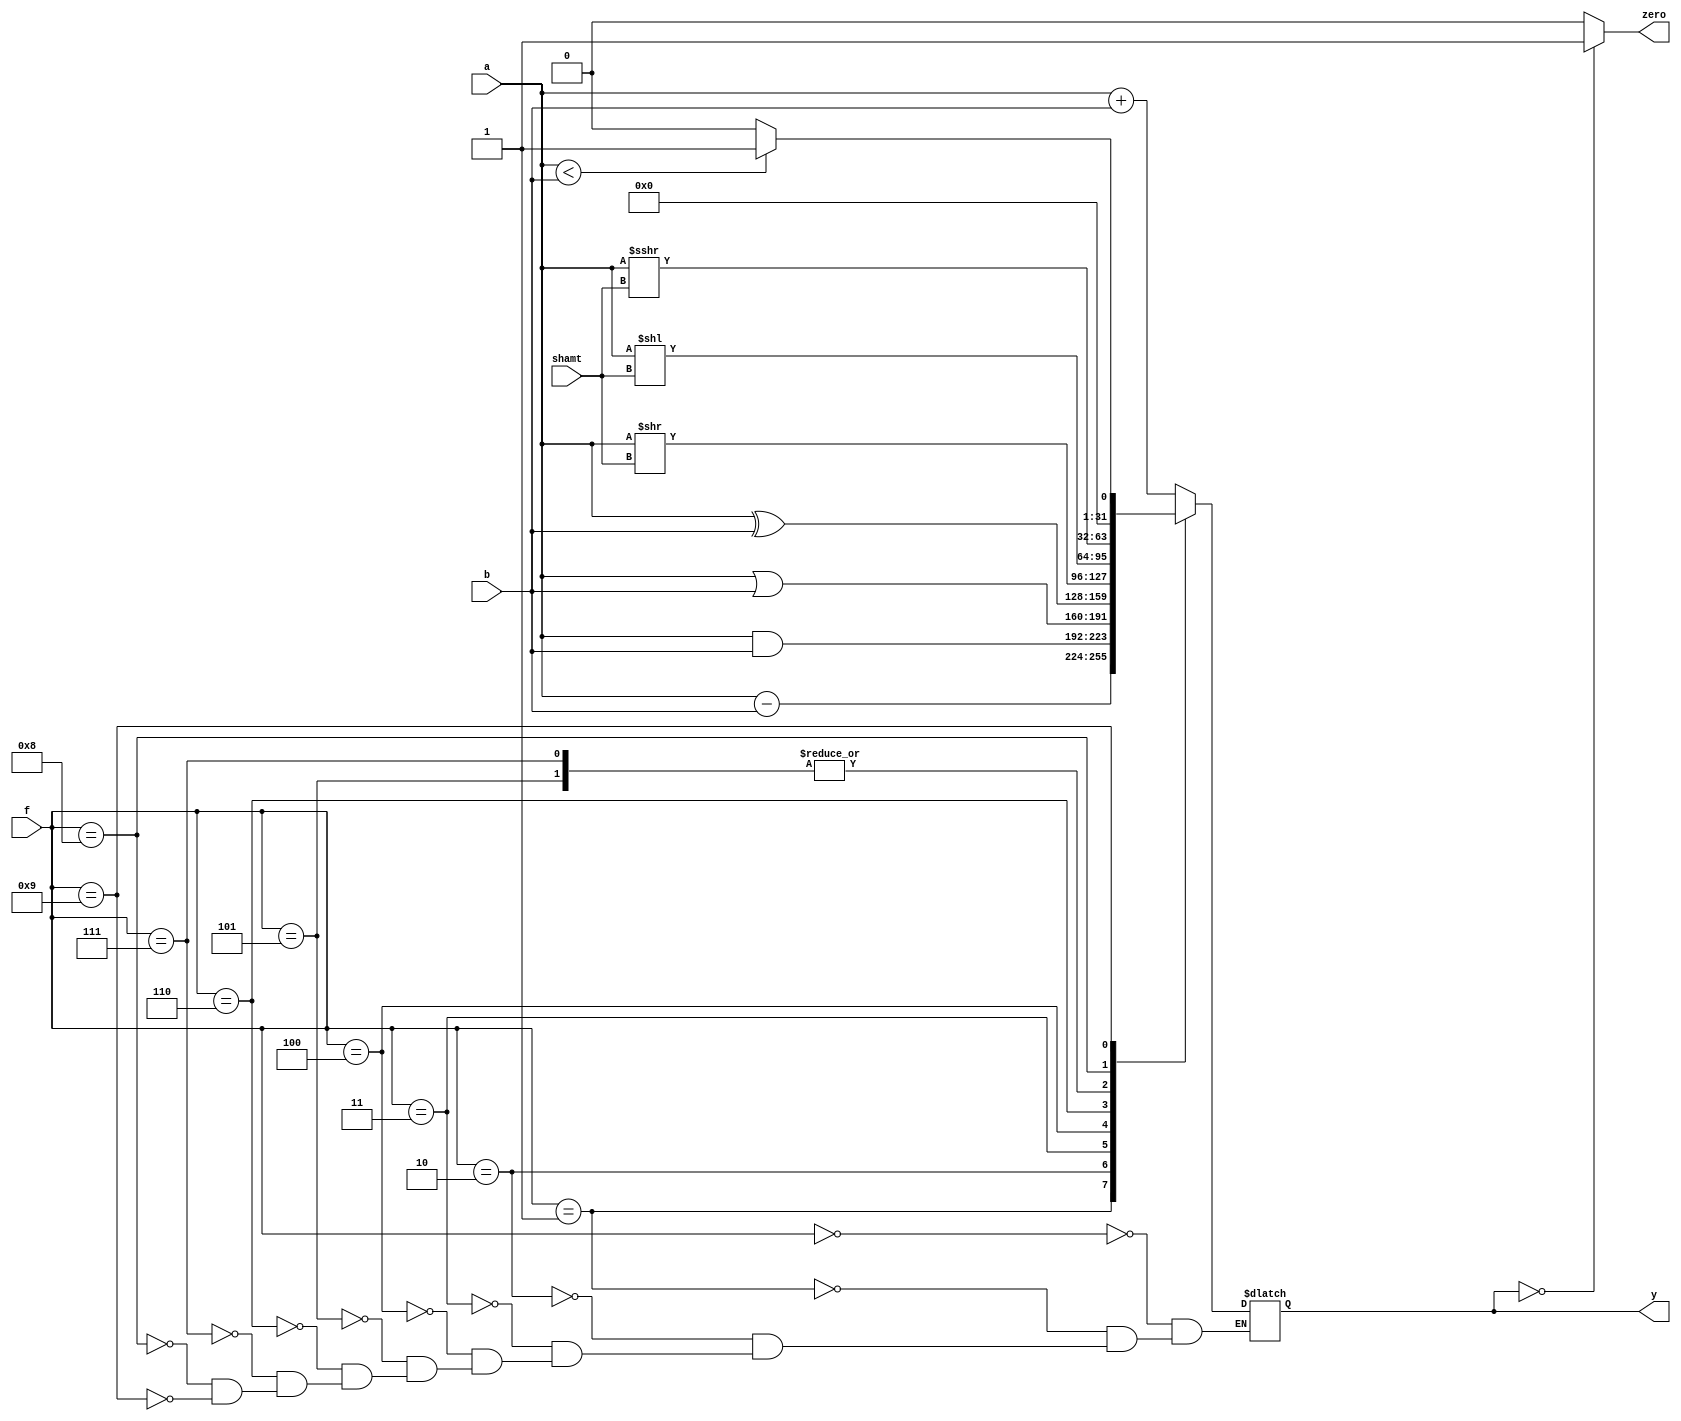

`timescale 1ns/1ns

module alu32(a,b,f,shamt,y,zero);

parameter n = 32;

input [n-1:0] a,b;
input [3:0] f;
input [4:0] shamt;

output reg[n-1:0] y;
output zero;

wire Cout;
wire Cin;
assign Cin = (f == 4'b0001)? 1'b1:1'b0;
wire [n-1:0] adderOut;

assign zero = (y == 0)? 1:0;

always @ (a,b,f,shamt) begin

case(f)

4'b0000:
y = a + b;

4'b0001:
y = a - b;

4'b0010:
y = a & b;

4'b0011:
y = a | b;

4'b0100:
y = a ^ b;

4'b0101:
y = a << shamt;

4'b0110:
y = a >> shamt;

4'b0111:
y = a << shamt;

4'b1000:
y = a >>> shamt;

4'b1001:
y = (a < b)? (1) : (0);
endcase;

end
endmodule